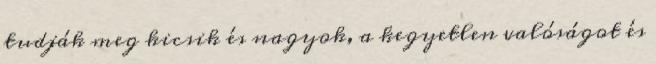
tudják meg kicsik és nagyok, a kegyetlen valóságot és